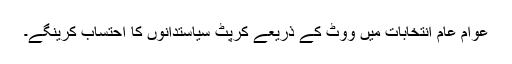
عوام عام انتخابات میں ووٹ کے ذریعے کرپٹ سیاستدانوں کا احتساب کرینگے۔